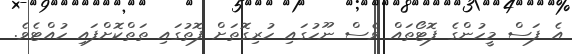
އެ ފަސް މީހުންގެ ފޮޓޯތައް ވެސް ނޫހުގައި ހުރިގޮތަށް ފޮތުގައި ތަތްކޮށްފައި ހުއްޓެވެ.